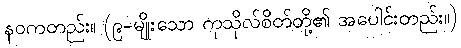
နဝကတည်း။ (၉-မျိုးသော ကုသိုလ်စိတ်တို့၏ အပေါင်းတည်း။)